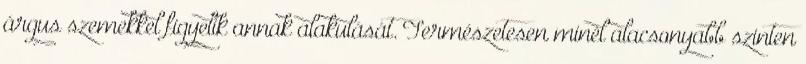
árgus szemekkel figyelik annak alakulását. Természetesen minél alacsonyabb szinten